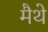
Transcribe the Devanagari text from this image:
मैथे